Document type: Anniversary endowment
Year: 1486
Scribe: Bartomeu Masons
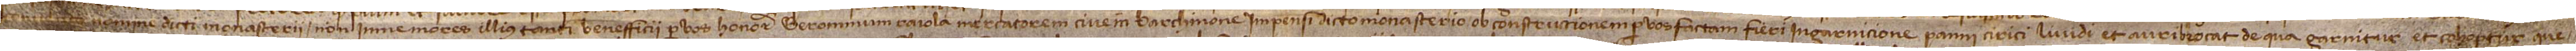
conventus nomine dicti monasterii, non inmemores illius tanti benefficii per vos horabilem Geronimum Raiola, mercatorem, civem Barchinone, impensi dicto monasterio ob constructionem per vos factam fieri in garnicione panni cirici lividi et auri brocat, de qua garnitur et cohopertur que-